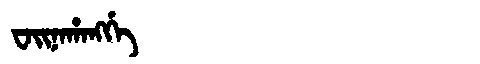
Manchu: ᠸᠠᡳᠨᠠᡥᠠᠩᡤᡝ
Romanization: WAINAHANGGE